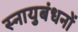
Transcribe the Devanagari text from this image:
स्नायुबंधनों